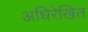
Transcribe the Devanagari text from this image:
अधिरेखित